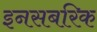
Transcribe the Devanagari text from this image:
इनसबरिक